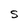
Character: S